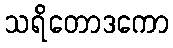
သရိတောဒကော